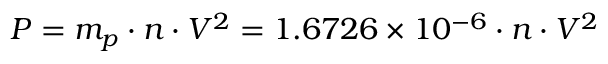
P = m _ { p } \cdot n \cdot V ^ { 2 } = 1 . 6 7 2 6 \times 1 0 ^ { - 6 } \cdot n \cdot V ^ { 2 }